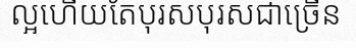
ល្អហើយតែបុរសបុរសជាច្រើន